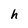
Character: h